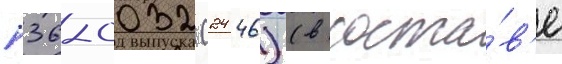
п36-0032 (2446) (в соста́в'е